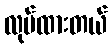
လုပ်ထားတယ်